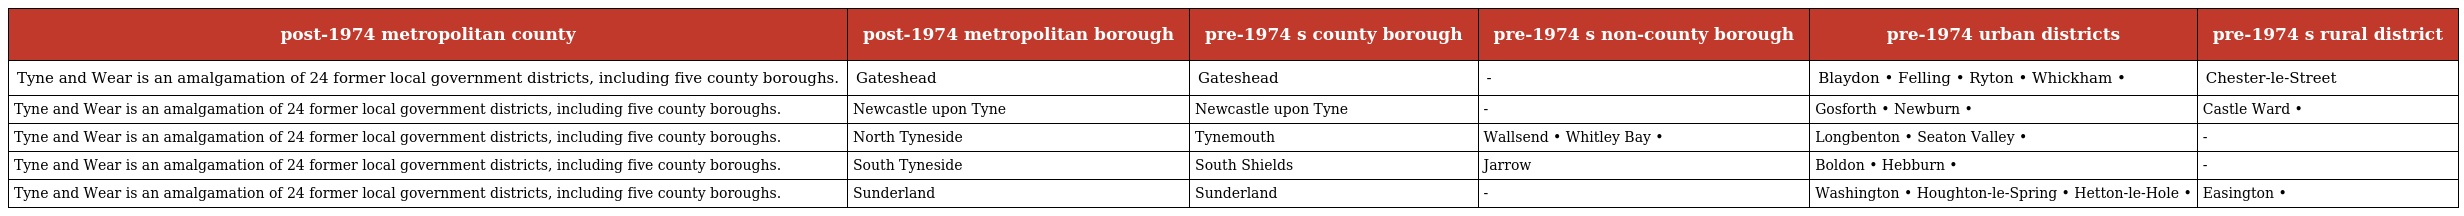
| post-1974 metropolitan county | post-1974 metropolitan borough | pre-1974 s county borough | pre-1974 s non-county borough | pre-1974 urban districts | pre-1974 s rural district |
 | --- | --- | --- | --- | --- | --- |
 | Tyne and Wear is an amalgamation of 24 former local government districts, including five county boroughs. | Gateshead | Gateshead | - | Blaydon • Felling • Ryton • Whickham • | Chester-le-Street |
 | Tyne and Wear is an amalgamation of 24 former local government districts, including five county boroughs. | Newcastle upon Tyne | Newcastle upon Tyne | - | Gosforth • Newburn • | Castle Ward • |
 | Tyne and Wear is an amalgamation of 24 former local government districts, including five county boroughs. | North Tyneside | Tynemouth | Wallsend • Whitley Bay • | Longbenton • Seaton Valley • | - |
 | Tyne and Wear is an amalgamation of 24 former local government districts, including five county boroughs. | South Tyneside | South Shields | Jarrow | Boldon • Hebburn • | - |
 | Tyne and Wear is an amalgamation of 24 former local government districts, including five county boroughs. | Sunderland | Sunderland | - | Washington • Houghton-le-Spring • Hetton-le-Hole • | Easington • |